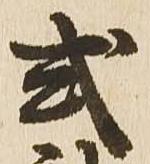
式